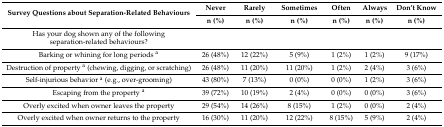
<table><thead><tr><td rowspan="2"><b>Survey Questions about Separation-Related Behaviours</b></td><td><b>Never</b></td><td><b>Rarely</b></td><td><b>Sometimes</b></td><td><b>Often</b></td><td><b>Always</b></td><td><b>Don’t Know</b></td></tr><tr><td><b>n (%)</b></td><td><b>n (%)</b></td><td><b>n (%)</b></td><td><b>n (%)</b></td><td><b>n (%)</b></td><td><b>n (%)</b></td></tr></thead><tbody><tr><td>Has your dog shown any of the following separation-related behaviours?</td><td>[EMPTY_CELL]</td><td>[EMPTY_CELL]</td><td>[EMPTY_CELL]</td><td>[EMPTY_CELL]</td><td>[EMPTY_CELL]</td><td>[EMPTY_CELL]</td></tr><tr><td>Barking or whining for long periods <sup>a</sup></td><td>26 (48%)</td><td>12 (22%)</td><td>5 (9%)</td><td>1 (2%)</td><td>1 (2%)</td><td>9 (17%)</td></tr><tr><td>Destruction of property <sup>a</sup> (chewing, digging, or scratching)</td><td>26 (48%)</td><td>11 (20%)</td><td>11 (20%)</td><td>1 (2%)</td><td>2 (4%)</td><td>3 (6%)</td></tr><tr><td>Self-injurious behavior <sup>a</sup> (e.g., over-grooming)</td><td>43 (80%)</td><td>7 (13%)</td><td>0 (0%)</td><td>0 (0%)</td><td>1 (2%)</td><td>3 (6%)</td></tr><tr><td>Escaping from the property <sup>a</sup></td><td>39 (72%)</td><td>10 (19%)</td><td>2 (4%)</td><td>0 (0%)</td><td>0 (0%)</td><td>3 (6%)</td></tr><tr><td>Overly excited when owner leaves the property</td><td>29 (54%)</td><td>14 (26%)</td><td>8 (15%)</td><td>1 (2%)</td><td>0 (0%)</td><td>2 (4%)</td></tr><tr><td>Overly excited when owner returns to the property</td><td>16 (30%)</td><td>11 (20%)</td><td>12 (22%)</td><td>8 (15%)</td><td>5 (9%)</td><td>2 (4%)</td></tr></tbody></table>